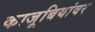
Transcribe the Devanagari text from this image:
काजूबियांवर